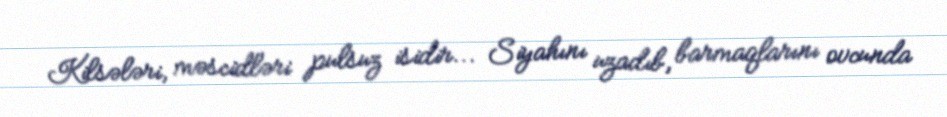
Kilsələri, məscidləri pulsuz isidir... Siyahını uzadıb, barmaqlarını ovcunda